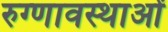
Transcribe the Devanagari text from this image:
रुग्णावस्थाओं